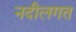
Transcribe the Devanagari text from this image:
नदीलगत